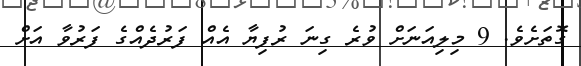
ގޮތަށެވެ. 9 މިލިއަނަށް ވުރެ ގިނަ ރުފިޔާ އެއް ފަރުދެއްގެ ފަރުވާ އަަށް